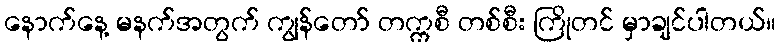
နောက်နေ့ မနက်အတွက် ကျွန်တော် တက္ကစီ တစ်စီး ကြိုတင် မှာချင်ပါတယ်။